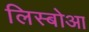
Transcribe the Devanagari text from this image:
लिस्बोआ